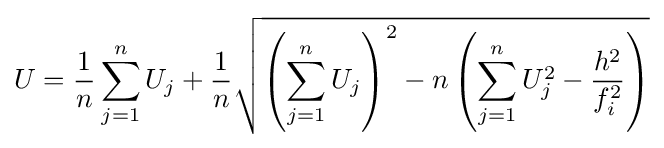
U={\frac {1}{n}}\sum _{j=1}^{n}U_{j}+{\frac {1}{n}}{\sqrt {\left(\sum _{j=1}^{n}U_{j}\right)^{2}-n\left(\sum _{j=1}^{n}U_{j}^{2}-{\frac {h^{2}}{f_{i}^{2}}}\right)}}